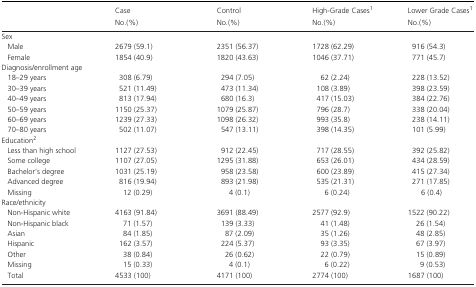
<table><thead><tr><td rowspan="2"></td><td><b>Case</b></td><td><b>Control</b></td><td><b>High‐Grade Casesa</b></td><td><b>Lower Grade Casesa</b></td></tr><tr><td><b>No.(%)</b></td><td><b>No.(%)</b></td><td><b>No.(%)</b></td><td><b>No.(%)</b></td></tr></thead><tbody><tr><td colspan="5">Sex</td></tr><tr><td>Male</td><td>2679 (59.1)</td><td>2351 (56.37)</td><td>1728 (62.29)</td><td>916 (54.3)</td></tr><tr><td>Female</td><td>1854 (40.9)</td><td>1820 (43.63)</td><td>1046 (37.71)</td><td>771 (45.7)</td></tr><tr><td colspan="5">Diagnosis/enrollment age</td></tr><tr><td>18–29 years</td><td>308 (6.79)</td><td>294 (7.05)</td><td>62 (2.24)</td><td>228 (13.52)</td></tr><tr><td>30–39 years</td><td>521 (11.49)</td><td>473 (11.34)</td><td>108 (3.89)</td><td>398 (23.59)</td></tr><tr><td>40–49 years</td><td>813 (17.94)</td><td>680 (16.3)</td><td>417 (15.03)</td><td>384 (22.76)</td></tr><tr><td>50–59 years</td><td>1150 (25.37)</td><td>1079 (25.87)</td><td>796 (28.7)</td><td>338 (20.04)</td></tr><tr><td>60–69 years</td><td>1239 (27.33)</td><td>1098 (26.32)</td><td>993 (35.8)</td><td>238 (14.11)</td></tr><tr><td>70–80 years</td><td>502 (11.07)</td><td>547 (13.11)</td><td>398 (14.35)</td><td>101 (5.99)</td></tr><tr><td colspan="5">Educationb</td></tr><tr><td>Less than high school</td><td>1127 (27.53)</td><td>912 (22.45)</td><td>717 (28.55)</td><td>392 (25.82)</td></tr><tr><td>Some college</td><td>1107 (27.05)</td><td>1295 (31.88)</td><td>653 (26.01)</td><td>434 (28.59)</td></tr><tr><td>Bachelor&#x27;s degree</td><td>1031 (25.19)</td><td>958 (23.58)</td><td>600 (23.89)</td><td>415 (27.34)</td></tr><tr><td>Advanced degree</td><td>816 (19.94)</td><td>893 (21.98)</td><td>535 (21.31)</td><td>271 (17.85)</td></tr><tr><td>Missing</td><td>12 (0.29)</td><td>4 (0.1)</td><td>6 (0.24)</td><td>6 (0.4)</td></tr><tr><td colspan="5">Race/ethnicity</td></tr><tr><td>Non‐Hispanic white</td><td>4163 (91.84)</td><td>3691 (88.49)</td><td>2577 (92.9)</td><td>1522 (90.22)</td></tr><tr><td>Non‐Hispanic black</td><td>71 (1.57)</td><td>139 (3.33)</td><td>41 (1.48)</td><td>26 (1.54)</td></tr><tr><td>Asian</td><td>84 (1.85)</td><td>87 (2.09)</td><td>35 (1.26)</td><td>48 (2.85)</td></tr><tr><td>Hispanic</td><td>162 (3.57)</td><td>224 (5.37)</td><td>93 (3.35)</td><td>67 (3.97)</td></tr><tr><td>Other</td><td>38 (0.84)</td><td>26 (0.62)</td><td>22 (0.79)</td><td>15 (0.89)</td></tr><tr><td>Missing</td><td>15 (0.33)</td><td>4 (0.1)</td><td>6 (0.22)</td><td>9 (0.53)</td></tr><tr><td>Total</td><td>4533 (100)</td><td>4171 (100)</td><td>2774 (100)</td><td>1687 (100)</td></tr></tbody></table>